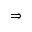
\Rightarrow